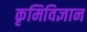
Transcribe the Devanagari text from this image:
कृमिविज्ञान